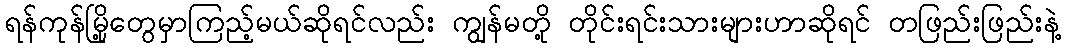
ရန်ကုန်မြို့တွေမှာကြည့်မယ်ဆိုရင်လည်း ကျွန်မတို့ တိုင်းရင်းသားများဟာဆိုရင် တဖြည်းဖြည်းနဲ့